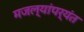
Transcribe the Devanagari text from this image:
मजल्यांपर्यंत